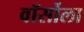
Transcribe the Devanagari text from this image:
वॉर्सोला